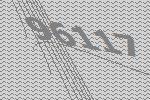
96117